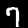
Digit: 7